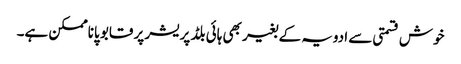
خوش قسمتی سے ادویہ کے بغیر بھی ہائی بلڈ پریشر پر قابو پاناممکن ہے۔